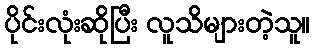
ပိုင်းလုံးဆိုပြီး လူသိများတဲ့သူ။